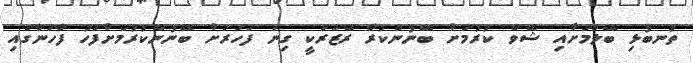
ތުނބުޅި ބޭލުމަށާއި ޝޭވް ކުރުމަށް ބޭނުންކުރާ ރޭޒަރަކީ ގިނަ ފަހަރަށް ބޭނުންކުރުމަށްފަހު ފާހަނާގައި